Report on lock hospitals in British Burma
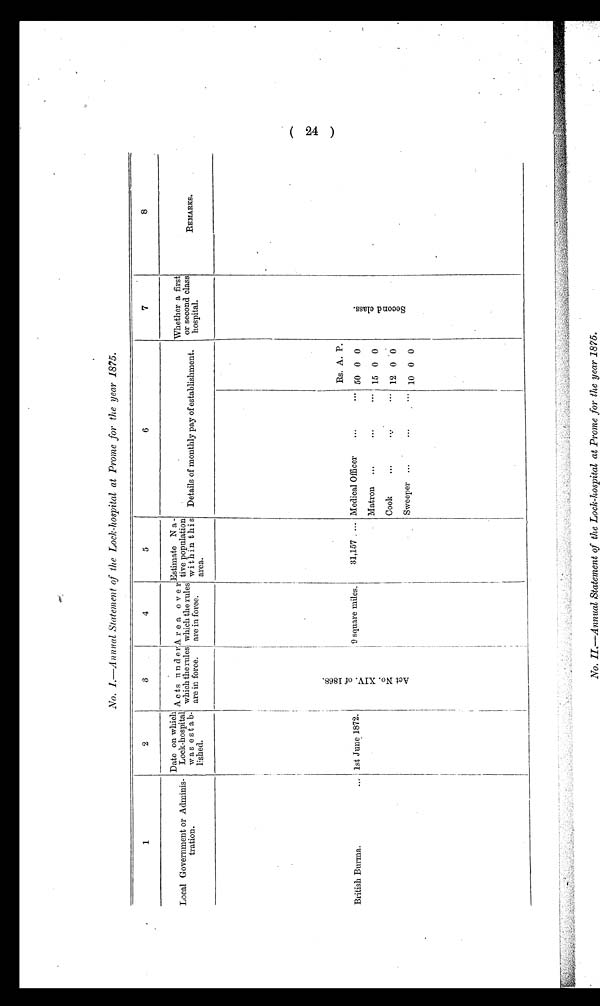
1
2
3
4
5
6
7
8
Local Government or Adminis
tration.
Date on which
Lock-hospital
was estab
-lished.
Acts under
which the rules
are in force.
Area over
which the rules
are in force.
Estimate Na-
tive population
within this
area.
Details of monthly pay of establishment.
w h e t h e r a f i r s t
or second class
hospital.
REMARKS.
British Burma.
1st June 1872.
A c t N o . X I V . o f 1 8 6 8 .
9 square miles.
I I
31,157.....
I
Rs. A. P.
S c o n d c l a s s .
Medical Officer... ... 50 0 0
Matron... ... ... 15 0 0
Cook ... ... ...
12 0 0
Sweeper... ... ... 10 0 0
(24)